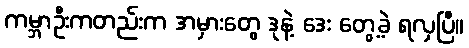
ကမ္ဘာဦးကတည်းက အမှားတွေ ဒုနဲ့ ဒေး တွေ့ခဲ့ ရလှပြီ။